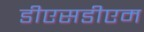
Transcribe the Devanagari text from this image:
डीएसडीएम